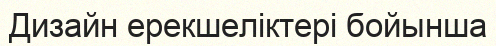
Дизайн ерекшеліктері бойынша